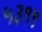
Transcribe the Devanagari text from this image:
५३९९